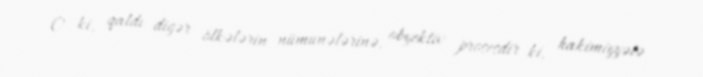
O ki, qaldı digər ölkələrin nümunələrinə, obyektiv prosesdir ki, hakimiyyətə